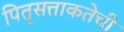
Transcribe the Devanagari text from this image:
पितृसत्ताकतेची